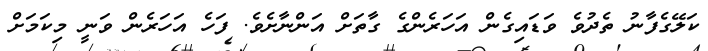
ކަލޭގެފާނު ތެދުވެ ވަޑައިގެން އަހަރެންގެ ގާތަށް އަންނާށެވެ. ފަހެ އަހަރެން ވަނީ މިކަމަށް